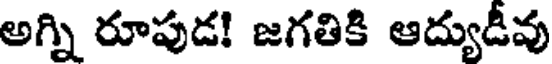
అగ్ని రూపుడ! జగతికి ఆద్యుడీవు